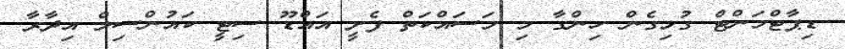
ޑިޕާޓްމަންޓް ގުޅިގެން ހިންގާ މި މަސައްކަތް ފެށީ އައްޑޫ ސިޓީ ކައުންސިލް އިދާރާ